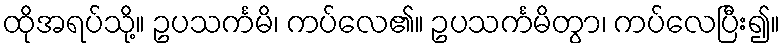
ထိုအရပ်သို့။ ဥပသင်္ကမိ၊ ကပ်လေ၏။ ဥပသင်္ကမိတွာ၊ ကပ်လေပြီး၍။